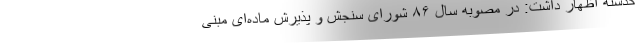
گذشته اظهار داشت: در مصوبه سال ۸۶ شورای سنجش و پذیرش ماده‌ای مبنی